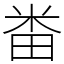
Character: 畨